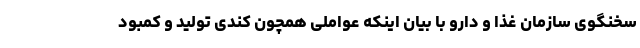
سخنگوی سازمان غذا و دارو با بیان اینکه عواملی همچون کندی تولید و کمبود